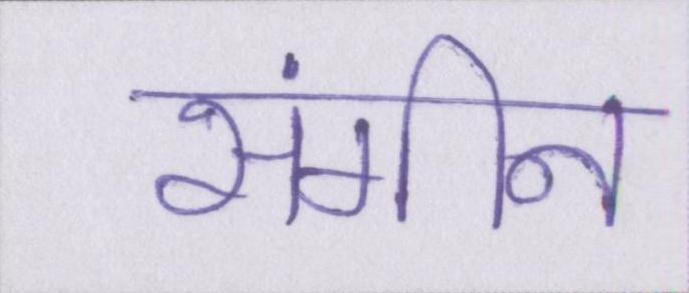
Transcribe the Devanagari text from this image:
संगीन